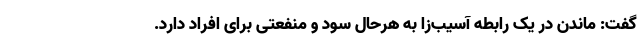
گفت: ماندن در یک رابطه آسیب‌زا به هرحال سود و منفعتی برای افراد دارد.